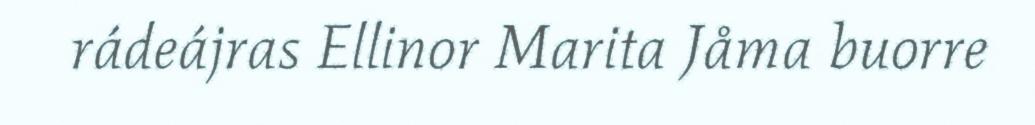
rádeájras Ellinor Marita Jåma buorre